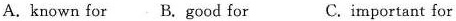
A .known for B. Good for C. important for